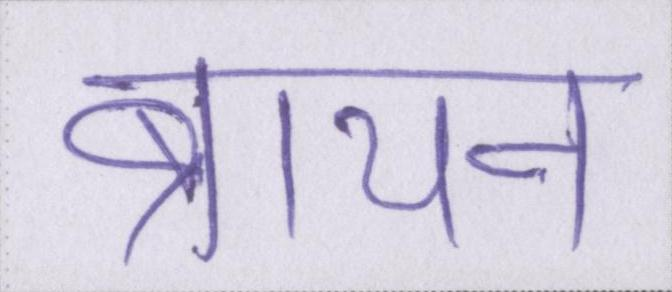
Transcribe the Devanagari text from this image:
ब्रायन